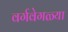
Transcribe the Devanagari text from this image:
वर्गवेगळ्या